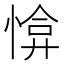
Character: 𢜰